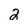
Character: 2